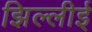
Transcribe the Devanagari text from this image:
झिल्लीई